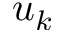
u _ { k }